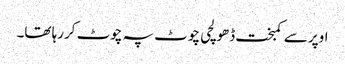
اوپر سے کمبخت ڈھولچی چوٹ پہ چوٹ کررہا تھا۔